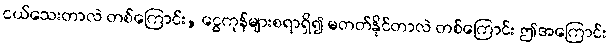
ငယ်သေးတာလဲ တစ်ကြောင်း, ငွေကုန်များစရာရှိ၍ မတတ်နိုင်တာလဲ တစ်ကြောင်း ဤအကြောင်း